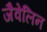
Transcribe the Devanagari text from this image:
जैवेलिन